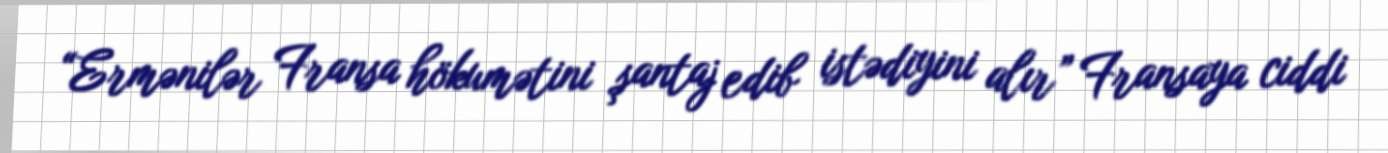
“Ermənilər Fransa hökumətini şantaj edib istədiyini alır” Fransaya ciddi